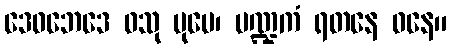
ဒေဝဘေဒေ ဝသု ပုမေ၊ ပဏ္ဍကံ ရတနေ ဓနေ။